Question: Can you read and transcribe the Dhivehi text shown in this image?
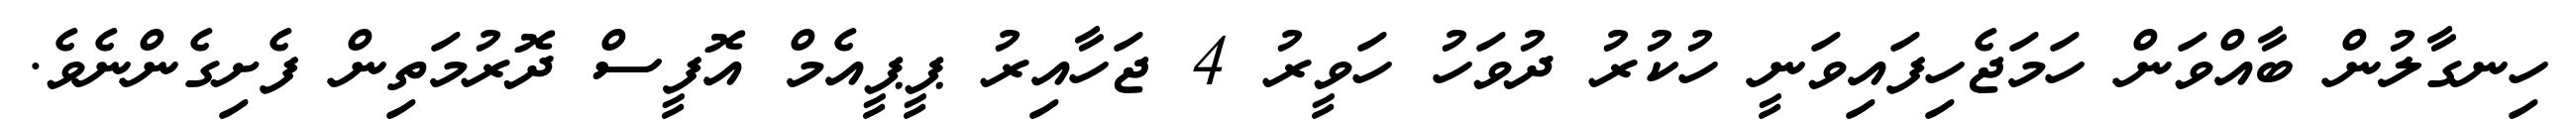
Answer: ހިނގާލުން ބާއްވަން ހަމަޖެހިފައިވަނީ ހުކުރު ދުވަހު ހަވީރު 4 ޖަހާއިރު ޕީޕީއެމް އޮފީސް ދޮރުމަތިން ފެށިގެންނެވެ.